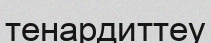
тенардиттеу